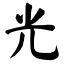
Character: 光